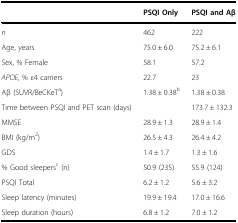
|  | PSQI Only | PSQI and Aβ |
 | --- | --- | --- |
 | n | 462 | 222 |
 | Age, years | 75.0 ± 6.0 | 75.2 ± 6.1 |
 | Sex, % Female | 58.1 | 57.2 |
 | APOE, % ε4 carriers | 22.7 | 23 |
 | Aβ (SUVR/BeCKeTa) | 1.38 ± 0.38b | 1.38 ± 0.38 |
 | Time between PSQI and PET scan (days) |  | 173.7 ± 132.3 |
 | MMSE | 28.9 ± 1.3 | 28.9 ± 1.4 |
 | BMI (kg/m2) | 26.5 ± 4.3 | 26.4 ± 4.2 |
 | GDS | 1.4 ± 1.7 | 1.3 ± 1.6 |
 | % Good sleepersc (n) | 50.9 (235) | 55.9 (124) |
 | PSQI Total | 6.2 ± 1.2 | 5.6 ± 3.2 |
 | Sleep latency (minutes) | 19.9 ± 19.4 | 17.0 ± 16.6 |
 | Sleep duration (hours) | 6.8 ± 1.2 | 7.0 ± 1.2 |